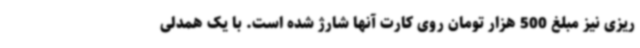
ریزی نیز مبلغ 500 هزار تومان روی کارت آنها شارژ شده است. با یک همدلی